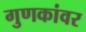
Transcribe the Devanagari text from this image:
गुणकांवर